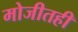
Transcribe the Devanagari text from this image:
मोजीतही